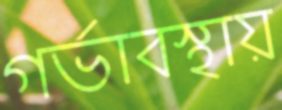
গর্ভাবস্থায়